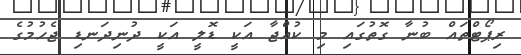
ރިޕޯޓްތައް ބުނާ ގޮތުގައި މި ކުއްޖާ އަކީ ޑޮލީ އަކީ ދުނިދަނޑި ޖެހުމުގެ